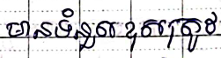
មានទំនួលខុសត្រូវ